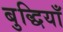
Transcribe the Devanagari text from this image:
बुद्धियाँ